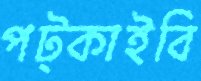
পট্‌কাইবি